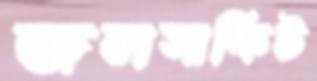
জলসার্কিট